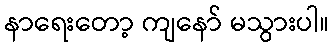
နာရေးတော့ ကျနော် မသွားပါ။